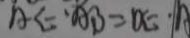
A C \cdot A B = D E \cdot A